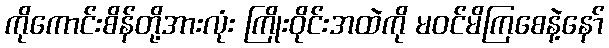
ကိုကောင်းစိန်တို့အားလုံး ကြိုးဝိုင်းအထဲကို မဝင်မိကြစေနဲ့နော်